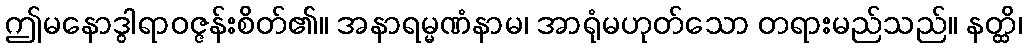
ဤမနောဒွါရာဝဇ္ဇန်းစိတ်၏။ အနာရမ္မဏံနာမ၊ အာရုံမဟုတ်သော တရားမည်သည်။ နတ္ထိ၊